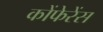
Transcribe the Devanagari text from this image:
कोंफेरेंस